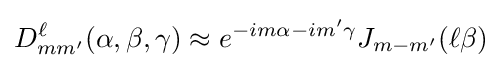
D_{mm'}^{\ell }(\alpha ,\beta ,\gamma )\approx e^{-im\alpha -im'\gamma }J_{m-m'}(\ell \beta )